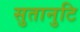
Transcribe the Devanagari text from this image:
सुतानुटि